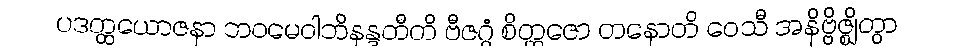
ပဒတ္ထယောဇနာ ဘဝမေဝါဘိနန္ဒတီတိ ဗီဇဂ္ဂံ စိတ္တဇော တနောတိ ဝေသီ အနိဗ္ဗိဇ္ဈိတွာ